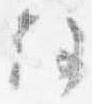
住